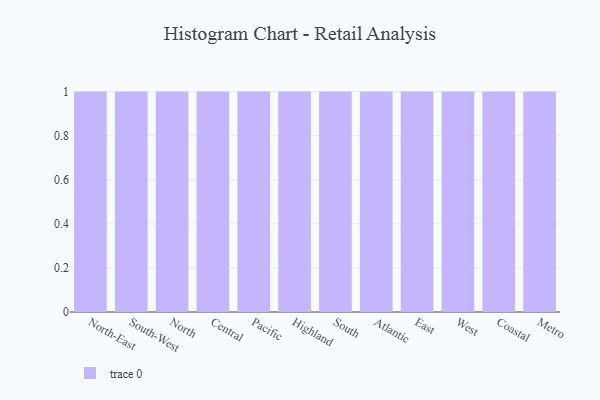
{"axis": {"x": "Region", "y": "Conversion Rate (%)"}, "legend": [""], "data": [{"x": "North-East", "y": 10, "type": ""}, {"x": "South-West", "y": 96, "type": ""}, {"x": "North", "y": 20, "type": ""}, {"x": "Central", "y": 14, "type": ""}, {"x": "Pacific", "y": 81, "type": ""}, {"x": "Highland", "y": 73, "type": ""}, {"x": "South", "y": 55, "type": ""}, {"x": "Atlantic", "y": 87, "type": ""}, {"x": "East", "y": 64, "type": ""}, {"x": "West", "y": 7, "type": ""}, {"x": "Coastal", "y": 71, "type": ""}, {"x": "Metro", "y": 74, "type": ""}]}